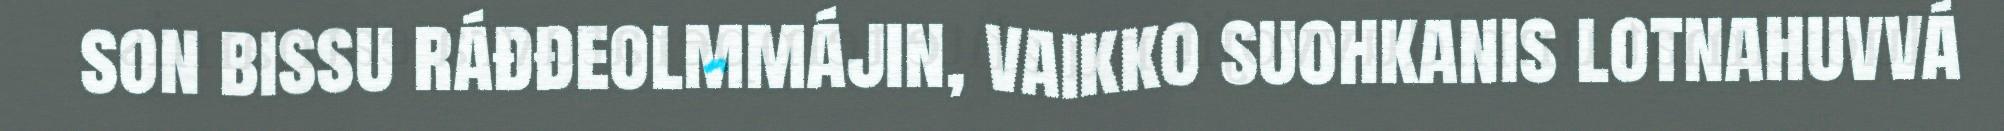
son bissu ráđđeolmmájin, vaikko suohkanis lotnahuvvá